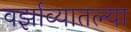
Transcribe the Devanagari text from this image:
वर्झाव्यातल्या